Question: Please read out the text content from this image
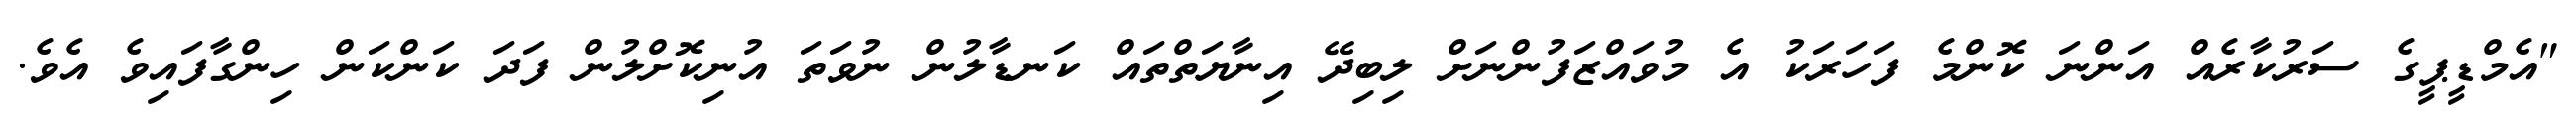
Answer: "އެމްޑީޕީގެ ސަރުކާރެއް އަންނަ ކޮންމެ ފަހަރަކު އެ މުވައްޒަފުންނަށް ލިބިދޭ އިނާޔަތްތައް ކަނޑާލުން ނުވަތަ އުނިކޮށްލުން ފަދަ ކަންކަން ހިންގާފައިވެ އެވެ.